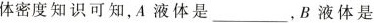
体密度知识可知，A液体是___，B液体是